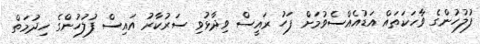
ފުލުހުންގެ ވާހަކަތައް އަޑުއެއްސެވުމަށް ފަހު ރައީސް ވިދާޅުވި ސަރުކާރު އައިސް ފުލުހުންގެ ހިދުމަތް